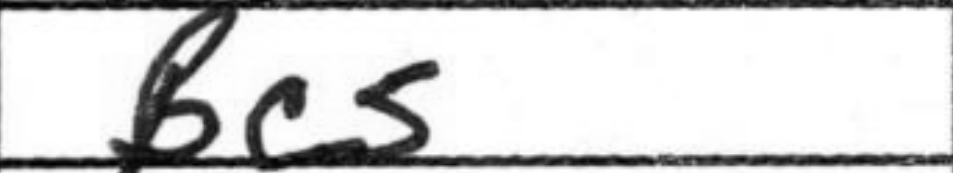
Transcription: Bc5